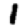
Digit: 1